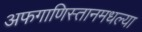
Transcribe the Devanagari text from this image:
अफगाणिस्तानमधल्या